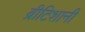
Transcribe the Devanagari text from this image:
ब्रीटिशानी